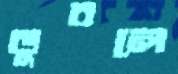
ডুবলে